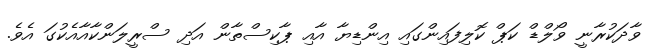
ވާދަކުރާނީ ވޯލްޑް ކަޕް ކޮލިފައިންގައި އިންޑިޔާ އާއި ޕާކިސްތާން އަދި ސްރީލަންކާއާއެކުގަ އެވެ.